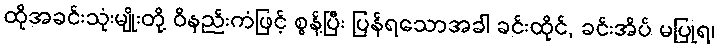
ထိုအခင်းသုံးမျိုးတို့ ဝိနည်းကံဖြင့် စွန့်ပြီး ပြန်ရသောအခါ ခင်းထိုင်, ခင်းအိပ် မပြုရ၊